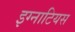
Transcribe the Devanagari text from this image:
इग्नाटियस